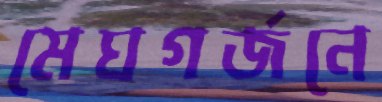
মেঘগর্জনে